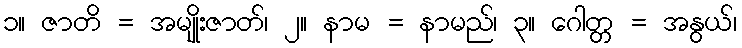
၁။ ဇာတိ = အမျိုးဇာတ်၊ ၂။ နာမ = နာမည်၊ ၃။ ဂေါတ္တ = အနွယ်၊